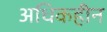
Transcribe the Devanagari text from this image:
अधिकहीन